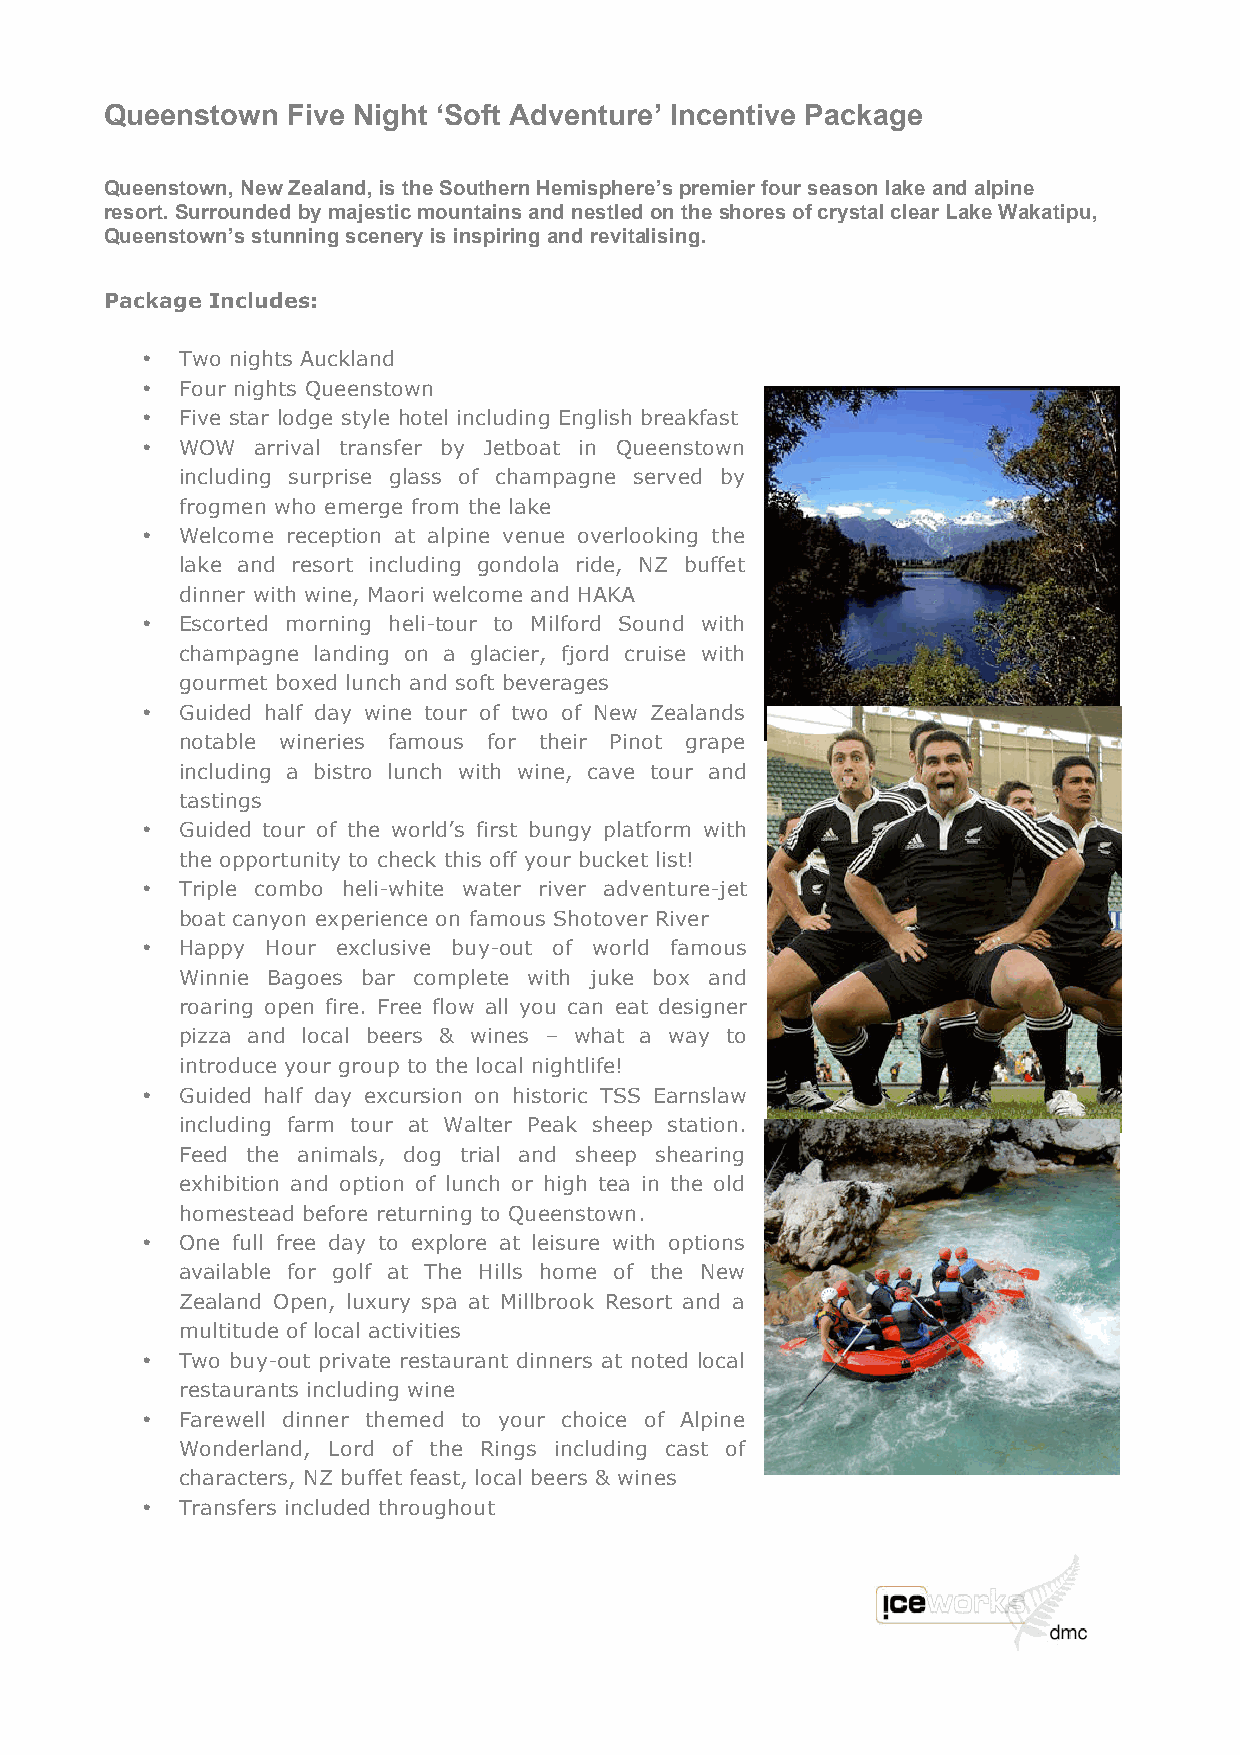
Queenstown  Five Night ‘Soft Adventure’ Incentive Package
 Queenstown, New Zealand, is the Southern Hemisphere’s premier four season lake and alpine
 resort. Surrounded by majestic mountains and nestled on the shores of crystal clear Lake Wakatipu,
 Queenstown’s stunning scenery is inspiring and revitalising.
 Package Includes:
 •  Two nights Auckland
 •  Four nights Queenstown
 •  Five star lodge style hotel including English breakfast
 •  WOW  arrival transfer by Jetboat in Queenstown
 including surprise glass of champagne served by
 frogmen who emerge from the lake
 •  Welcome reception at alpine venue overlooking the
 lake and resort including gondola ride, NZ buffet
 dinner with wine, Maori welcome and HAKA
 •  Escorted morning heli-tour to Milford Sound with
 champagne landing on a glacier, fjord cruise with
 gourmet boxed lunch and soft beverages
 •  Guided half day wine tour of two of New Zealands
 notable wineries famous for their Pinot grape
 including a bistro lunch with wine, cave tour and
 tastings
 •  Guided tour of the world’s first bungy platform with
 the opportunity to check this off your bucket list!
 •  Triple combo heli-white water river adventure-jet
 boat canyon experience on famous Shotover River
 •  Happy Hour exclusive buy-out of world famous
 Winnie Bagoes bar complete with juke box and
 roaring open fire. Free flow all you can eat designer
 pizza and local beers & wines – what a way to
 introduce your group to the local nightlife!
 •  Guided half day excursion on historic TSS Earnslaw
 including farm tour at Walter Peak sheep station.
 Feed the animals, dog trial and sheep shearing
 exhibition and option of lunch or high tea in the old
 homestead before returning to Queenstown.
 •  One full free day to explore at leisure with options
 available for golf at The Hills home of the New
 Zealand Open, luxury spa at Millbrook Resort and a
 multitude of local activities
 •  Two buy-out private restaurant dinners at noted local
 restaurants including wine
 •  Farewell dinner themed to your choice of Alpine
 Wonderland, Lord of the Rings including cast of
 characters, NZ buffet feast, local beers & wines
 •  Transfers included throughout